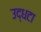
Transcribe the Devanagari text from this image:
उद्धटा